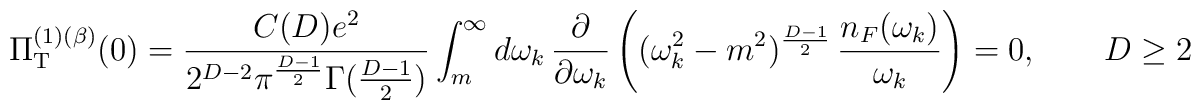
\Pi_{\rm T}^{(1)(\beta)} (0) = \frac{C(D)e^{2}}{2^{D-2} \pi^{\frac{D-1}{2}}\Gamma(\frac{D-1}{2})} \int_{m}^{\infty}d\omega_{k}\,\frac{\partial}{\partial\omega_{k}}\left((\omega_{k}^{2}-m^{2})^{\frac{D-1}{2}}\,\frac{n_{F}(\omega_{k})}{\omega_{k}}\right) = 0,\qquad D\geq 2